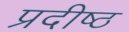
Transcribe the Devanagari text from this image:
प्रदीष्ठ